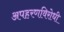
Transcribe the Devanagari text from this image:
अपहरणविरोधी